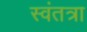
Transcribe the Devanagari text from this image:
स्वंतत्रा